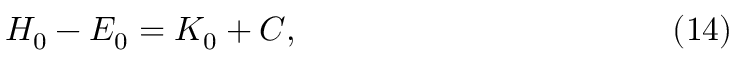
H _ { 0 } - E _ { 0 } = K _ { 0 } + C , \eqno ( 1 4 )